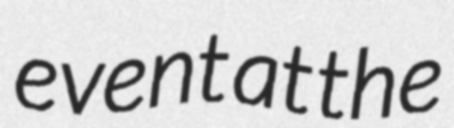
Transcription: event at the